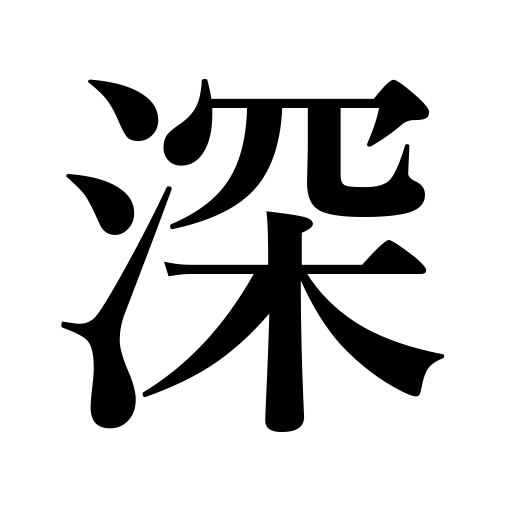
Meanings: deepen,intense,deep,profound,intimate,heighten,thick,dense,strengthen,intensity